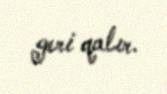
geri qalır.